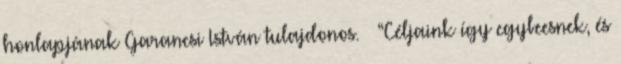
honlapjának Garancsi István tulajdonos. – “Céljaink így egybeesnek, és